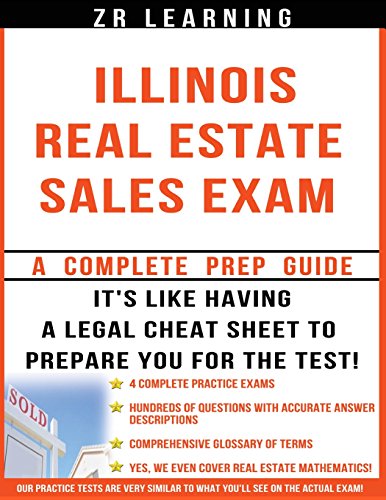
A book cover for Illinois Real Estate Sales Exam - 2014 Version: Principles, Concepts and Hundreds Of Practice Questions Similar To What You'll See On Test Day; ZR Learning; Business & Money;